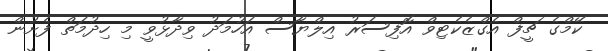
ކޭމްގެ ޗީފް އެގްޒެކެޓިވް އޮފިސަރު އިލްޔާސް އަހުމަދު ވިދާޅުވީ މި ހިދުމަތް ފެށުން